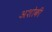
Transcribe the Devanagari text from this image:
अशोकी